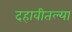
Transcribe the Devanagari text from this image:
दहावीतल्या